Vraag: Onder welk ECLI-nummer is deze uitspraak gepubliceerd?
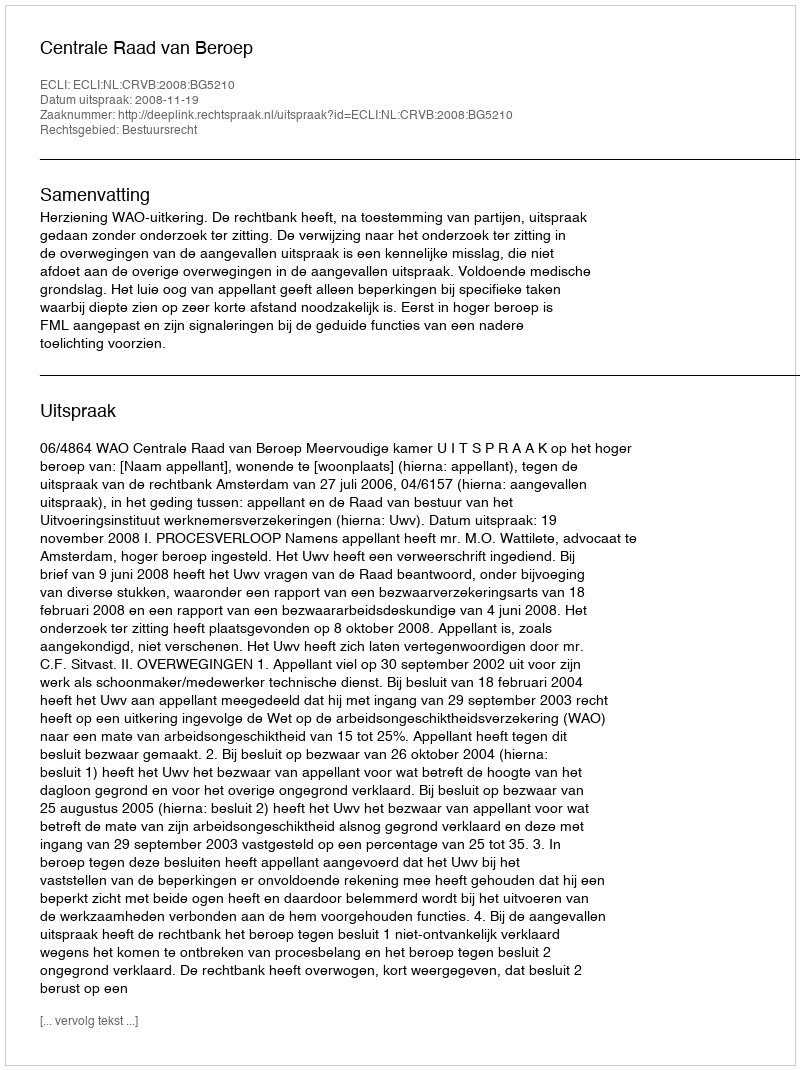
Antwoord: ECLI:NL:CRVB:2008:BG5210